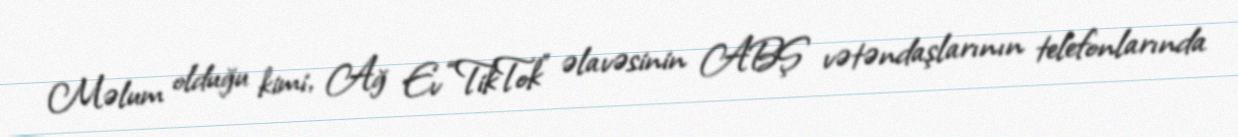
Məlum olduğu kimi, Ağ Ev “TikTok” əlavəsinin ABŞ vətəndaşlarının telefonlarında